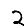
Digit: 2